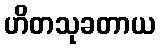
ဟိတသုခတာယ